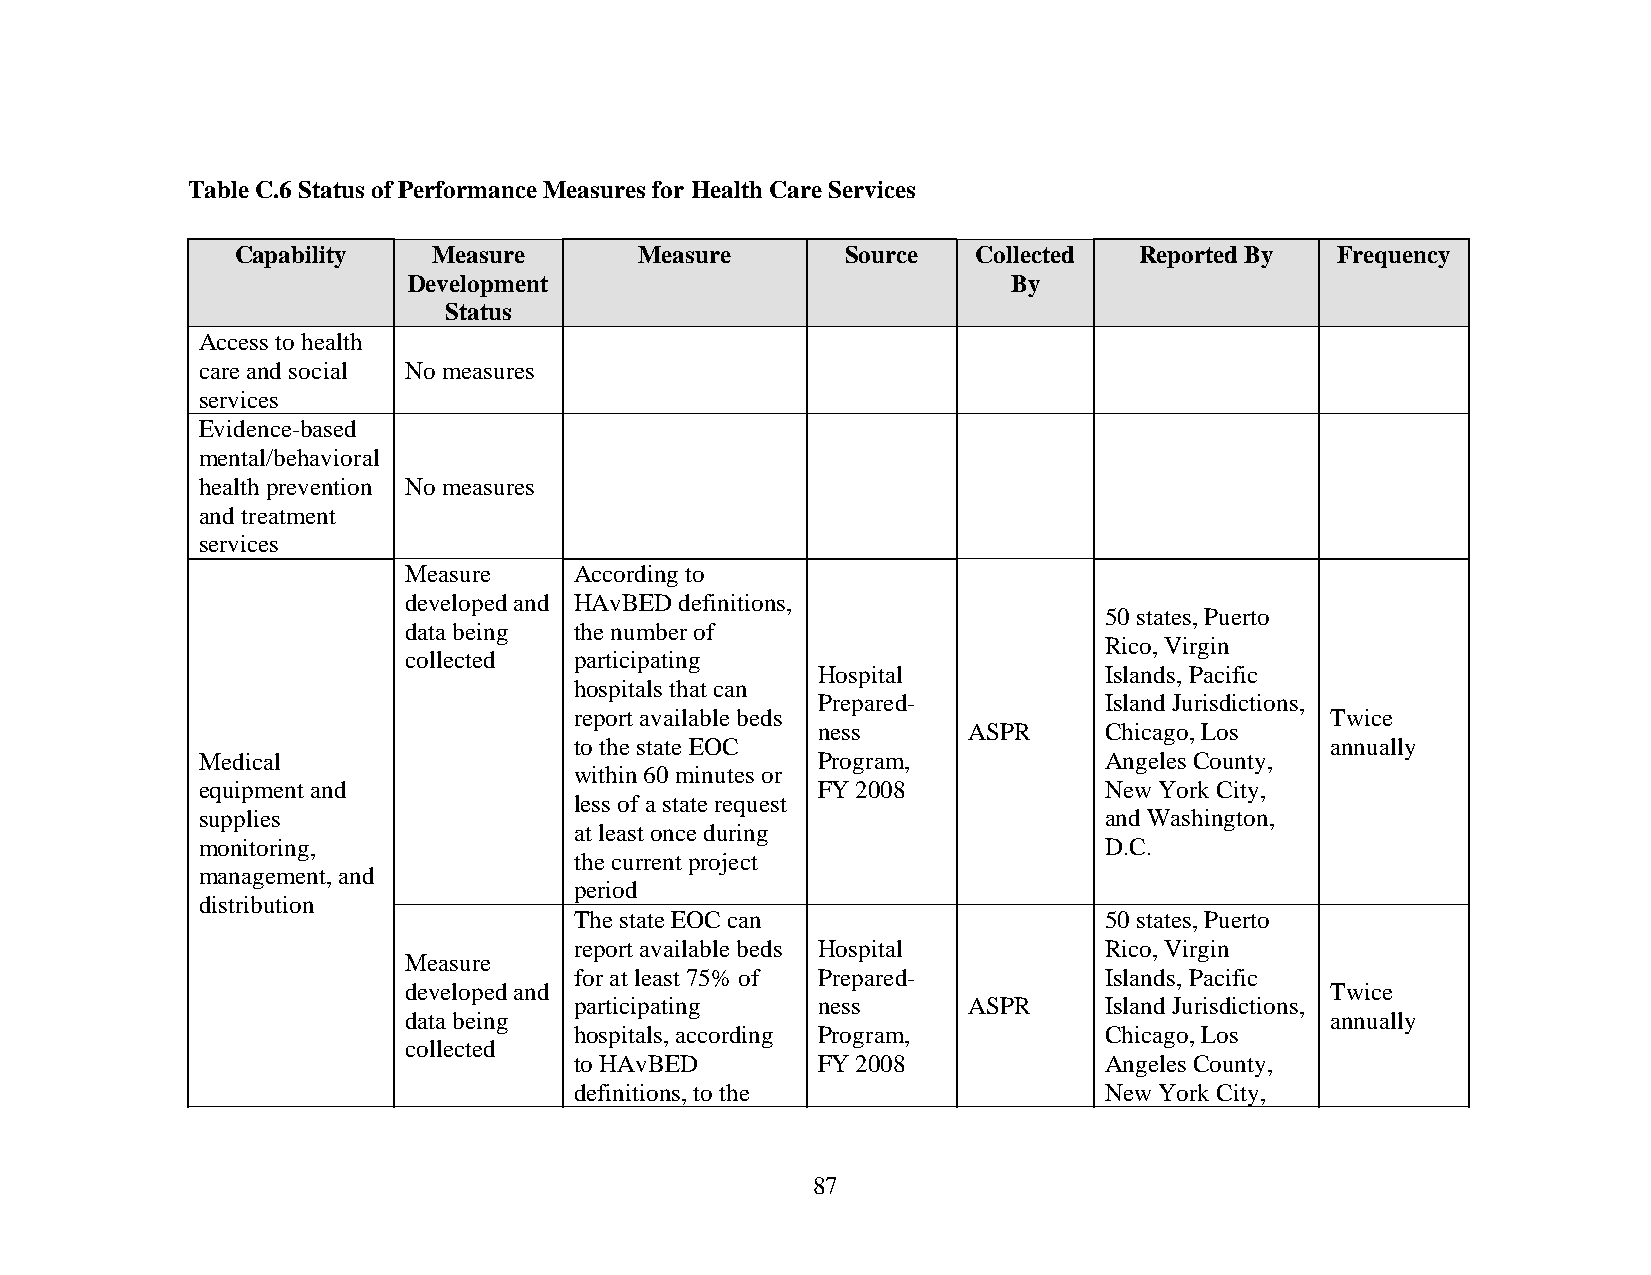
Table C.6 Status of Performance Measures for Health Care Services
 Capability   Measure      Measure       Source   Collected Reported By  Frequency
 Development                             By
 Status
 Access to health
 care and social No measures
 services
 Evidence-based
 mental/behavioral
 health prevention No measures
 and treatment
 services
 Measure    According to
 developed and HAvBED definitions,
 50 states, Puerto
 data being the number of
 Rico, Virgin
 collected  participating
 Hospital           Islands, Pacific
 hospitals that can
 Prepared-          Island Jurisdictions,
 report available beds                             Twice
 ness      ASPR     Chicago, Los
 to the state EOC                                  annually
 Medical                                  Program,           Angeles County,
 within 60 minutes or
 equipment and                            FY 2008            New York City,
 less of a state request
 supplies                                                    and Washington,
 at least once during
 monitoring,                                                 D.C.
 the current project
 management, and
 period
 distribution
 The state EOC can                  50 states, Puerto
 report available beds Hospital     Rico, Virgin
 Measure
 for at least 75% of Prepared-      Islands, Pacific
 developed and                                                Twice
 participating   ness      ASPR     Island Jurisdictions,
 data being                                                   annually
 hospitals, according Program,      Chicago, Los
 collected
 to HAvBED       FY 2008            Angeles County,
 definitions, to the                New York City,
 87